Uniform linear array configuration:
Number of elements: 48
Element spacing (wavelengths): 1
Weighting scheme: blackman
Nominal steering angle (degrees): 0
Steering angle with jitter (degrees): -1.574
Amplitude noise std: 0.05
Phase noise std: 0.05

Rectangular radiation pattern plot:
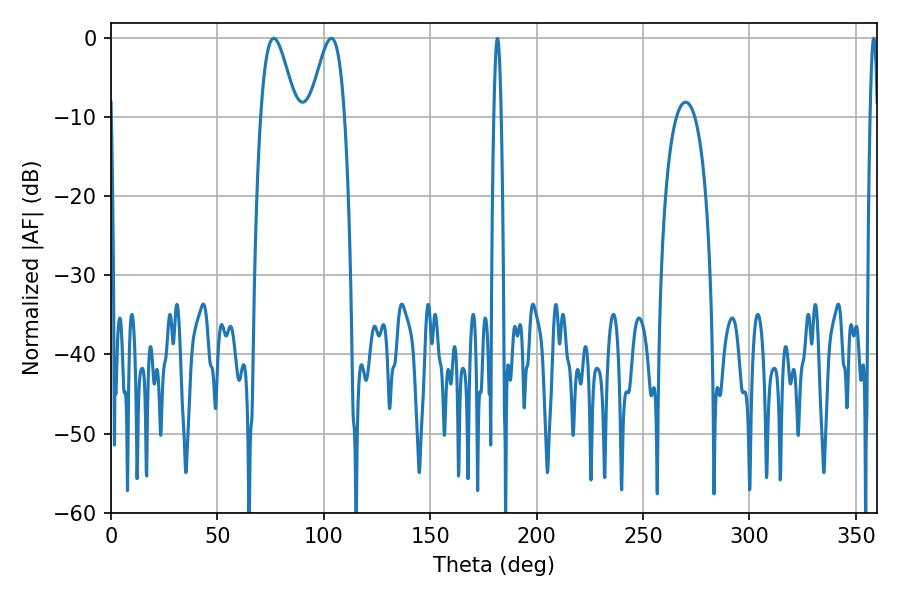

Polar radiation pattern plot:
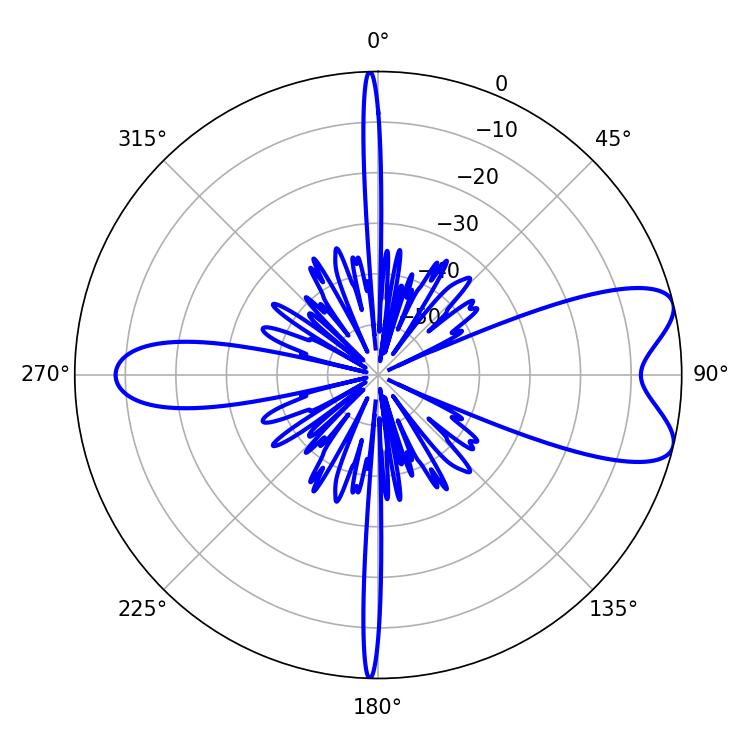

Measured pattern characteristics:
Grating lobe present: TRUE
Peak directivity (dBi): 8.056
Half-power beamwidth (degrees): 8.82
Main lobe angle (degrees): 76.5